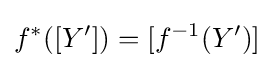
f^{*}([Y'])=[f^{-1}(Y')]\,\!